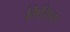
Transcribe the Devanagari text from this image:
मिशिया